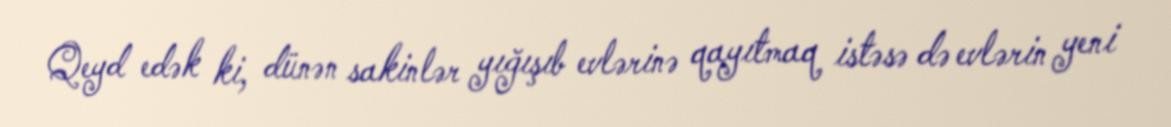
Qeyd edək ki, dünən sakinlər yığışıb evlərinə qayıtmaq istəsə də evlərin yeni